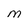
Character: M